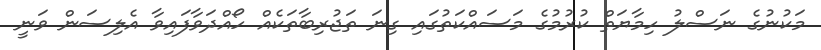
މަކުނުގެ ނަސްލު ހިމާޔަތް ކުރުމުގެ މަސައްކަތުގައި ގިނަ ތަޖުރިބާތަކެއް ހޯއްދަވާފައިވާ އެލިސަން ވަނީ